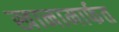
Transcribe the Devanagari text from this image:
खानामार्फत